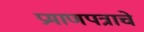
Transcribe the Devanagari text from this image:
प्रमाणपत्राचे